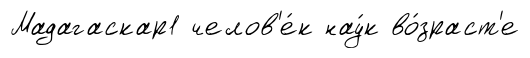
Мадагаскар1 челов'е́к нау́к во́зраст'е